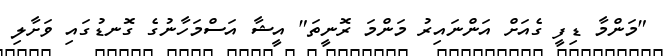
"މަންމާ ޑިފީ ގެއަށް އަންނައިރު މަންމަ ރޮނީތަ" އީޝާ އަސްމަހާނުގެ ގޮނޑުގައި ވަށާލި